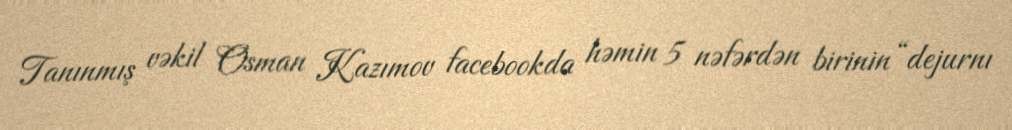
Tanınmış vəkil Osman Kazımov facebookda həmin 5 nəfərdən birinin “dejurnı